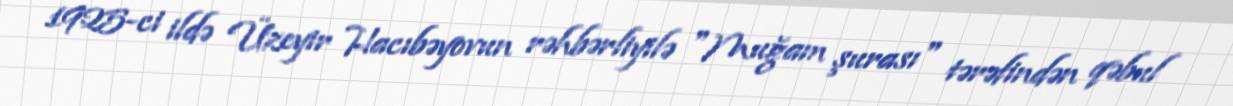
1925-ci ildə Üzeyir Hacıbəyovun rəhbərliyilə "Muğam şurası" tərəfindən qəbul